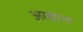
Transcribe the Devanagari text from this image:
आद्यात